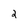
Character: 2